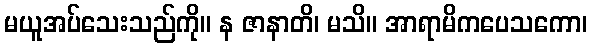
မယူအပ်သေးသည်ကို။ န ဇာနာတိ၊ မသိ။ အာရာမိကပေသကော၊